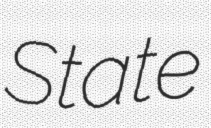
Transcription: State